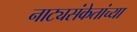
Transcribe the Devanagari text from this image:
नाट्यसंकेतांच्या